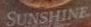
SUNSHINE.